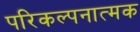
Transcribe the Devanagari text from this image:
परिकल्‍पनात्‍मक